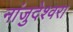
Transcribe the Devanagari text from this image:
नांजुदेश्‍वरा